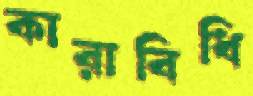
কারাবিধি